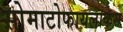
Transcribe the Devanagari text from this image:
सोमाटोफायलाकेस